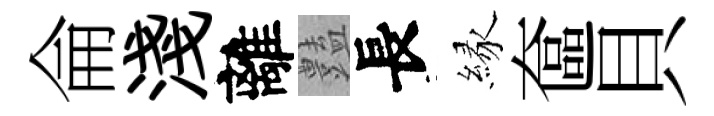
侖淺離𧰟長縁奩貝